画像に写った文字を読んでください
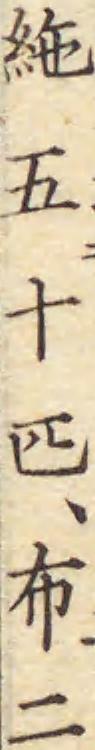
「絁五十匹、布二」と書いてあります